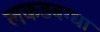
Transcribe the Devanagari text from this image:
लकड़बग्धा